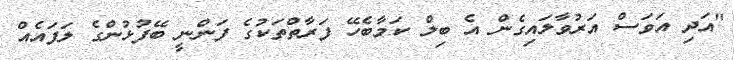
"އަދި އަވަސް އަރުވާލައިގެން އެ ބިލް ކަމާބެހޭ ފަރާތްތަކުގެ ފަންނީ ބޭފުޅުންގެ ލަފައެއް